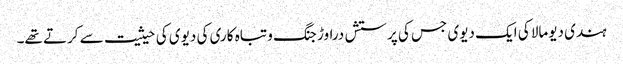
ہندی دیومالا کی ایک دیوی جس کی پرستش دراوڑ جنگ و تباہ کاری کی دیوی کی حیثیت سے کرتے تھے۔